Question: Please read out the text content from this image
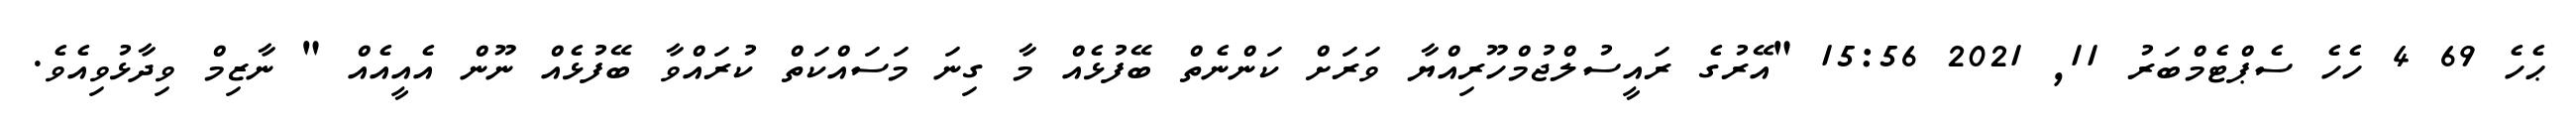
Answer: ޙެހެ 69 4 ހެހެ ސެޕްޓެމްބަރު 11, 2021 15:56 "އޭރުގެ ރައީސުލްޖުމްހޫރިއްޔާ ވަރަށް ކަންނެތް ބޭފުޅެއް މާ ގިނަ މަސައްކަތް ކުރައްވާ ބޭފުޅެއް ނޫން އެއީއެއް " ނާޒިމް ވިދާޅުވިއެވެ.